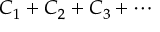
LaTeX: C _ { 1 } + C _ { 2 } + C _ { 3 } + \cdots